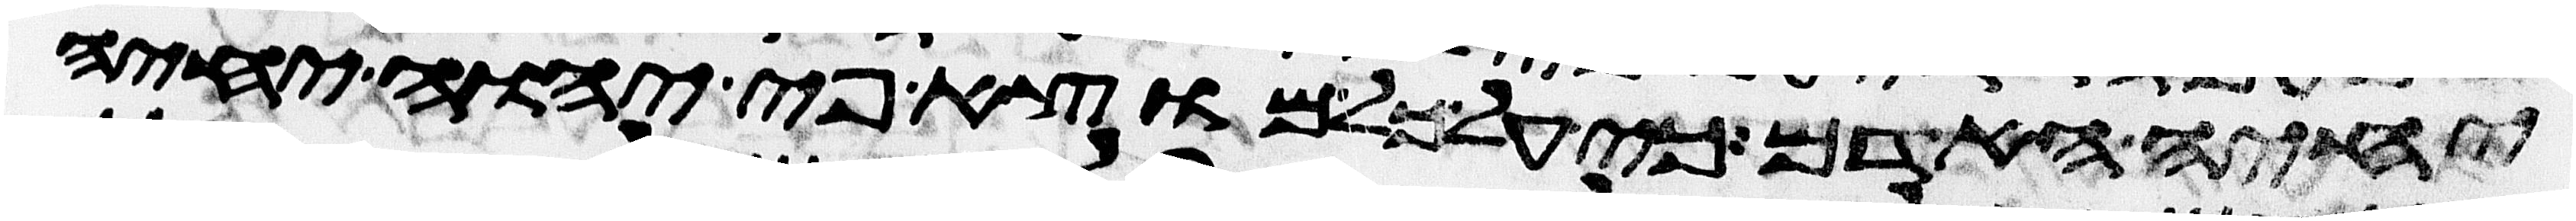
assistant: יחיה האדם כי על כל מוצא פי יהוה יחיה